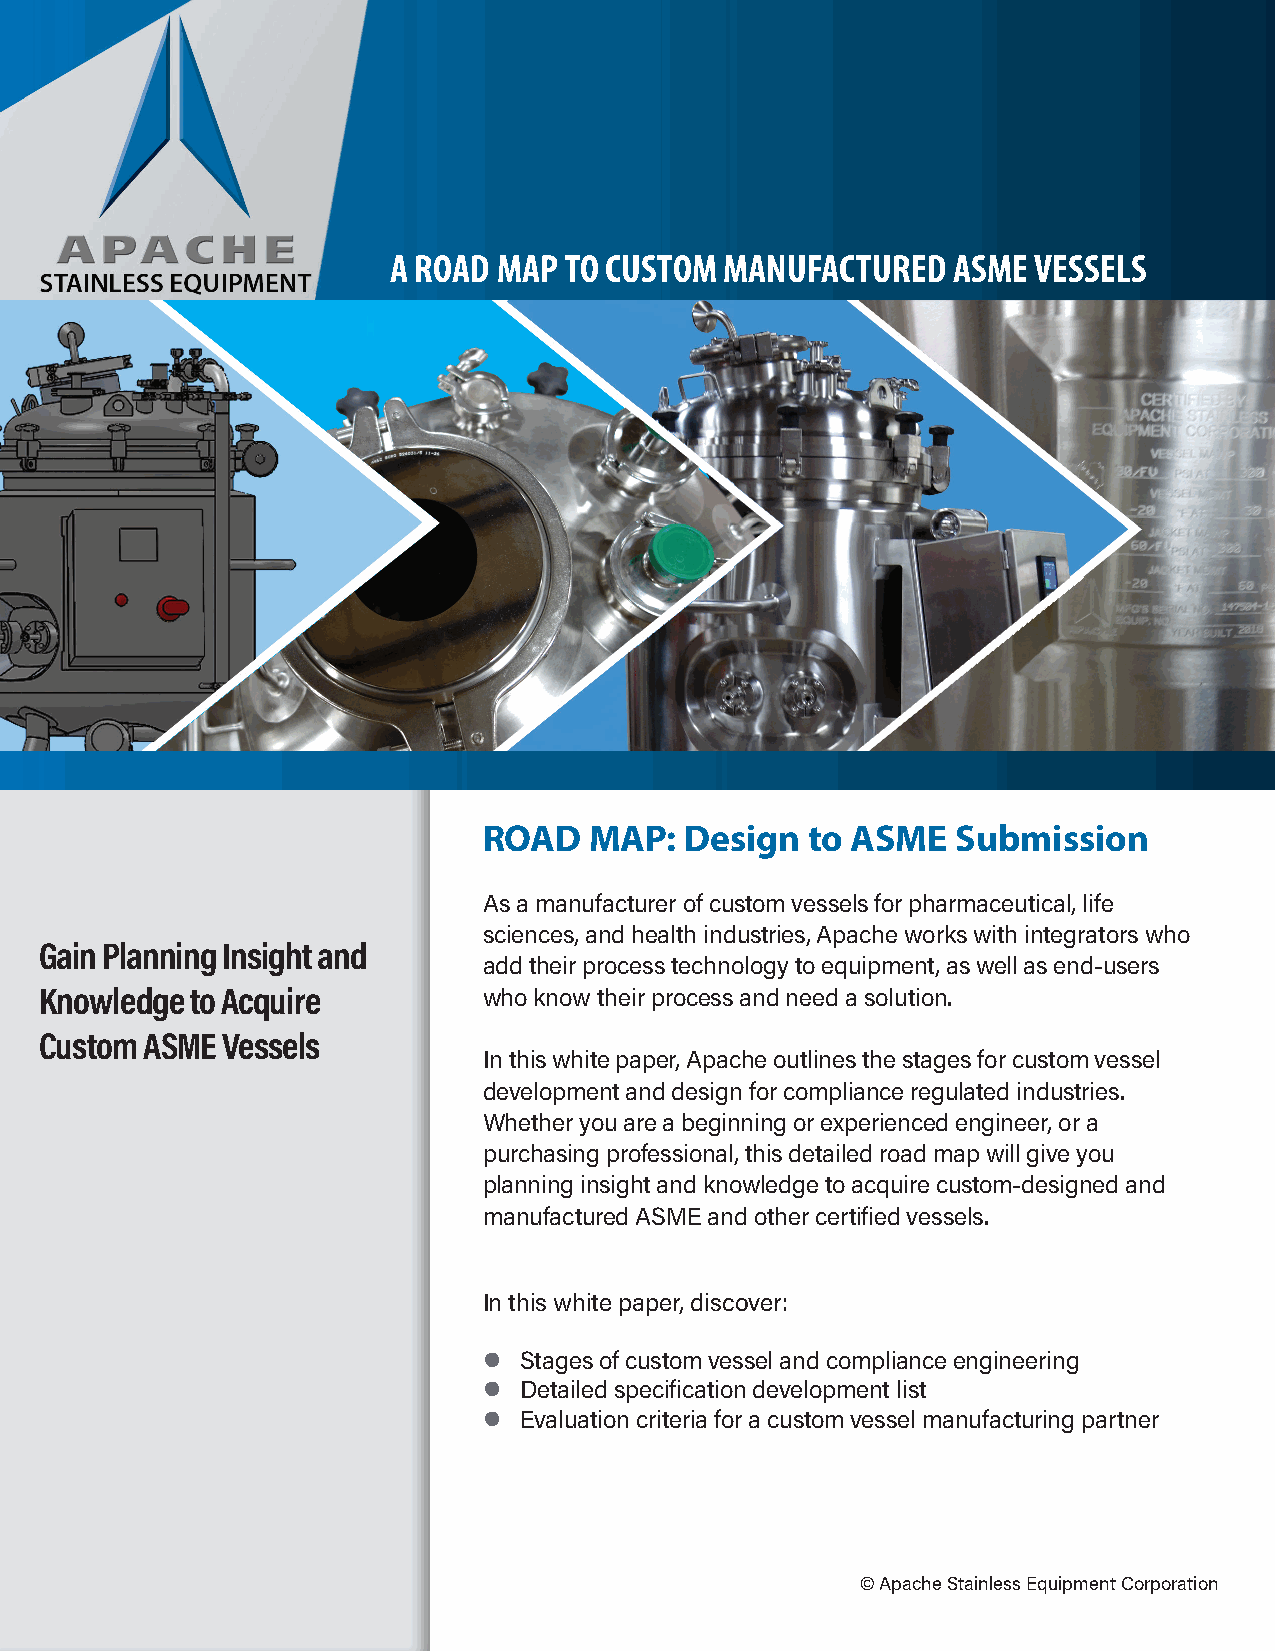
A ROAD MAP TO CUSTOM  MANUFACTURED   ASME  VESSELS
 ROAD   MAP:  Design   to ASME  Submission
 As a manufacturer of custom vessels for pharmaceutical, life
 sciences, and health industries, Apache works with integrators who
 Gain Planning Insight and
 add their process technology to equipment, as well as end-users
 Knowledge to Acquire         who know their process and need a solution.
 Custom ASME Vessels
 In this white paper, Apache outlines the stages for custom vessel
 development and design for compliance regulated industries.
 Whether you are a beginning or experienced engineer, or a
 purchasing professional, this detailed road map will give you
 planning insight and knowledge to acquire custom-designed and
 manufactured ASME and other certified vessels.
 In this white paper, discover:
 l Stages of custom vessel and compliance engineering
 l Detailed specification development list
 l Evaluation criteria for a custom vessel manufacturing partner
 © Apache Stainless Equipment Corporation